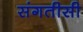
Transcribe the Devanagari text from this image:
संगतीसी